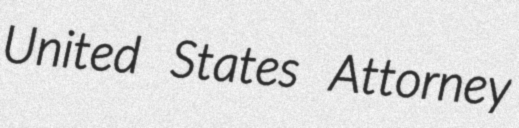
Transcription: United States Attorney